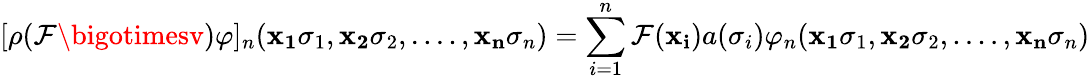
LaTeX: [\rho(\mathcal{F}\bigotimesv)\varphi]_{n}({\mathbf{{x_{1}}}}\sigma_{1},{\mathbf{{x_{2}}}}\sigma_{2},....,{\mathbf{{x_{n}}}}\sigma_{n})=\sum_{i=1}^{n}\mathcal{F}({\mathbf{{x_{i}}}})a(\sigma_{i})\varphi_{n}({\mathbf{{x_{1}}}}\sigma_{1},{\mathbf{{x_{2}}}}\sigma_{2},....,{\mathbf{{x_{n}}}}\sigma_{n})